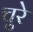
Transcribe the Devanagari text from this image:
चुरे